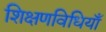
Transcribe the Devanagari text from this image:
शिक्षणविधियाँ